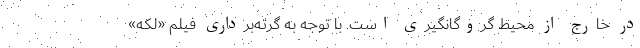
در خارج از محیط گروگانگیری است. با توجه به گرته‌برداری فیلم «لکه»